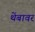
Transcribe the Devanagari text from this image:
थेंबावर